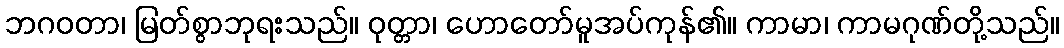
ဘဂဝတာ၊ မြတ်စွာဘုရးသည်။ ဝုတ္တာ၊ ဟောတော်မူအပ်ကုန်၏။ ကာမာ၊ ကာမဂုဏ်တို့သည်။